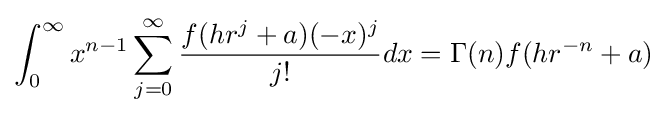
\int _{0}^{\infty }x^{n-1}\sum _{j=0}^{\infty }{\frac {f(hr^{j}+a)(-x)^{j}}{j!}}dx=\Gamma (n)f(hr^{-n}+a)